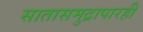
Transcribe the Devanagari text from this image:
सातासमुद्रापारही